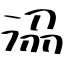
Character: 𣴀